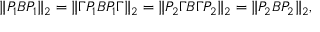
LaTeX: \| P _ { 1 } B P _ { 1 } \| _ { 2 } = \| \Gamma P _ { 1 } B P _ { 1 } \Gamma \| _ { 2 } = \| P _ { 2 } \Gamma B \Gamma P _ { 2 } \| _ { 2 } = \| P _ { 2 } B P _ { 2 } \| _ { 2 } ,